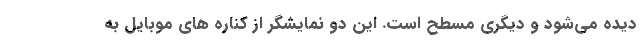
دیده می‌شود و دیگری مسطح است. این دو نمایشگر از کناره های موبایل به